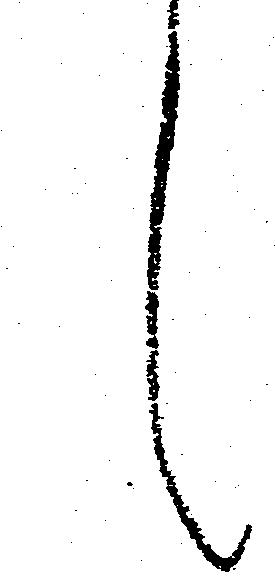
候